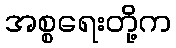
အစ္စရေးတို့က